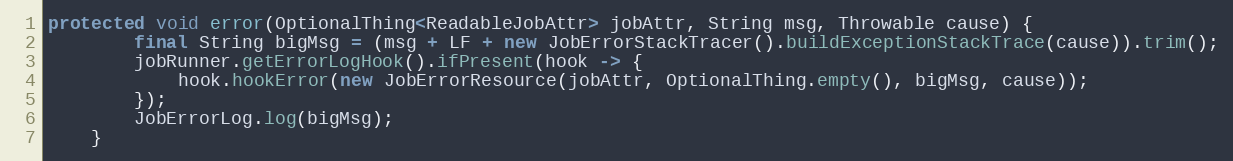
Language: Java
protected void error(OptionalThing<ReadableJobAttr> jobAttr, String msg, Throwable cause) {
        final String bigMsg = (msg + LF + new JobErrorStackTracer().buildExceptionStackTrace(cause)).trim();
        jobRunner.getErrorLogHook().ifPresent(hook -> {
            hook.hookError(new JobErrorResource(jobAttr, OptionalThing.empty(), bigMsg, cause));
        });
        JobErrorLog.log(bigMsg);
    }